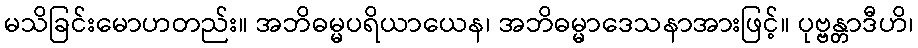
မသိခြင်းမောဟတည်း။ အဘိဓမ္မပရိယာယေန၊ အဘိဓမ္မာဒေသနာအားဖြင့်။ ပုဗ္ဗန္တာဒီဟိ၊